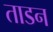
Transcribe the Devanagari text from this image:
ताडन